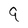
Character: 9